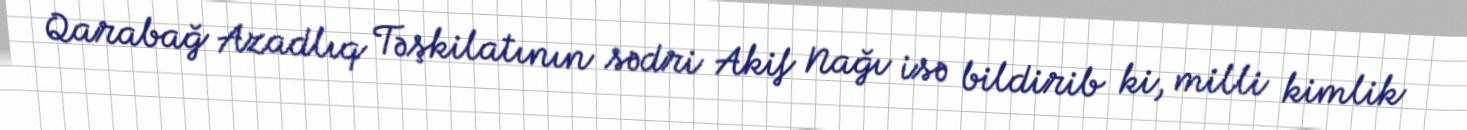
Qarabağ Azadlıq Təşkilatının sədri Akif Nağı isə bildirib ki, milli kimlik